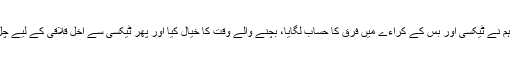
چنانچہ ہم نے ٹیکسی اور بس کے کراءے میں فرق کا حساب لگایا، بچنے والے وقت کا خیال کیا اور پھر ٹیکسی سے اخل قلاقی کے لیے چل پڑے۔